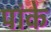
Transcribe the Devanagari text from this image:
पांके